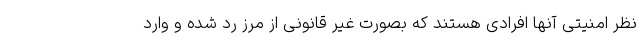
نظر امنیتی آنها افرادی هستند که بصورت غیر قانونی از مرز رد شده و وارد